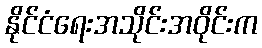
နိုင်ငံရေးအသိုင်းအဝိုင်းက